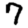
Digit: 7